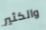
والكثير